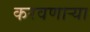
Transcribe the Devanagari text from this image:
करवणार्‍या